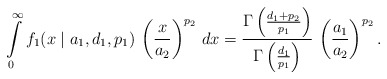
\begin{align*}\int\limits_{0}^{\infty} f_1(x \mid a_1, d_1, p_1) \, \left( \frac{x}{a_2} \right)^{p_2} \, dx = \frac{\Gamma \left(\frac{d_1+p_2}{p_1}\right)}{\Gamma \left(\frac{d_1}{p_1}\right)} \, \left( \frac{a_1}{a_2} \right)^{p_2}.\end{align*}